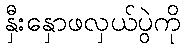
နှီးနှောဖလှယ်ပွဲကို